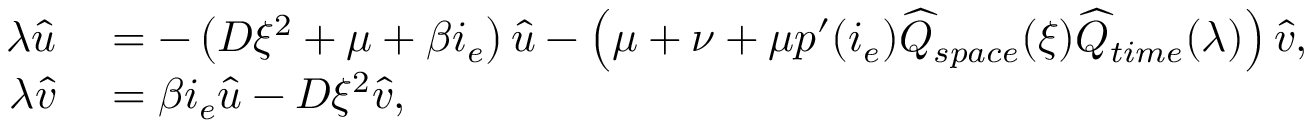
\begin{array} { r l } { \lambda \widehat { u } } & { { } = - \left( D \xi ^ { 2 } + \mu + \beta i _ { e } \right) \widehat { u } - \left( \mu + \nu + \mu p ^ { \prime } ( i _ { e } ) \widehat { Q } _ { s p a c e } ( \xi ) \widehat { Q } _ { t i m e } ( \lambda ) \right) \widehat { v } , } \\ { \lambda \widehat { v } } & { { } = \beta i _ { e } \widehat { u } - D \xi ^ { 2 } \widehat { v } , } \end{array}